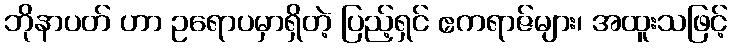
ဘိုနာပတ် ဟာ ဥရောပမှာရှိတဲ့ ပြည့်ရှင် ဧကရာဇ်များ၊ အထူးသဖြင့်